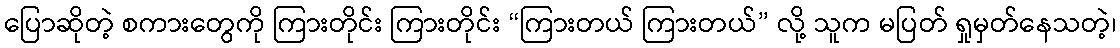
ပြောဆိုတဲ့ စကားတွေကို ကြားတိုင်း ကြားတိုင်း “ကြားတယ် ကြားတယ်” လို့ သူက မပြတ် ရှုမှတ်နေသတဲ့၊